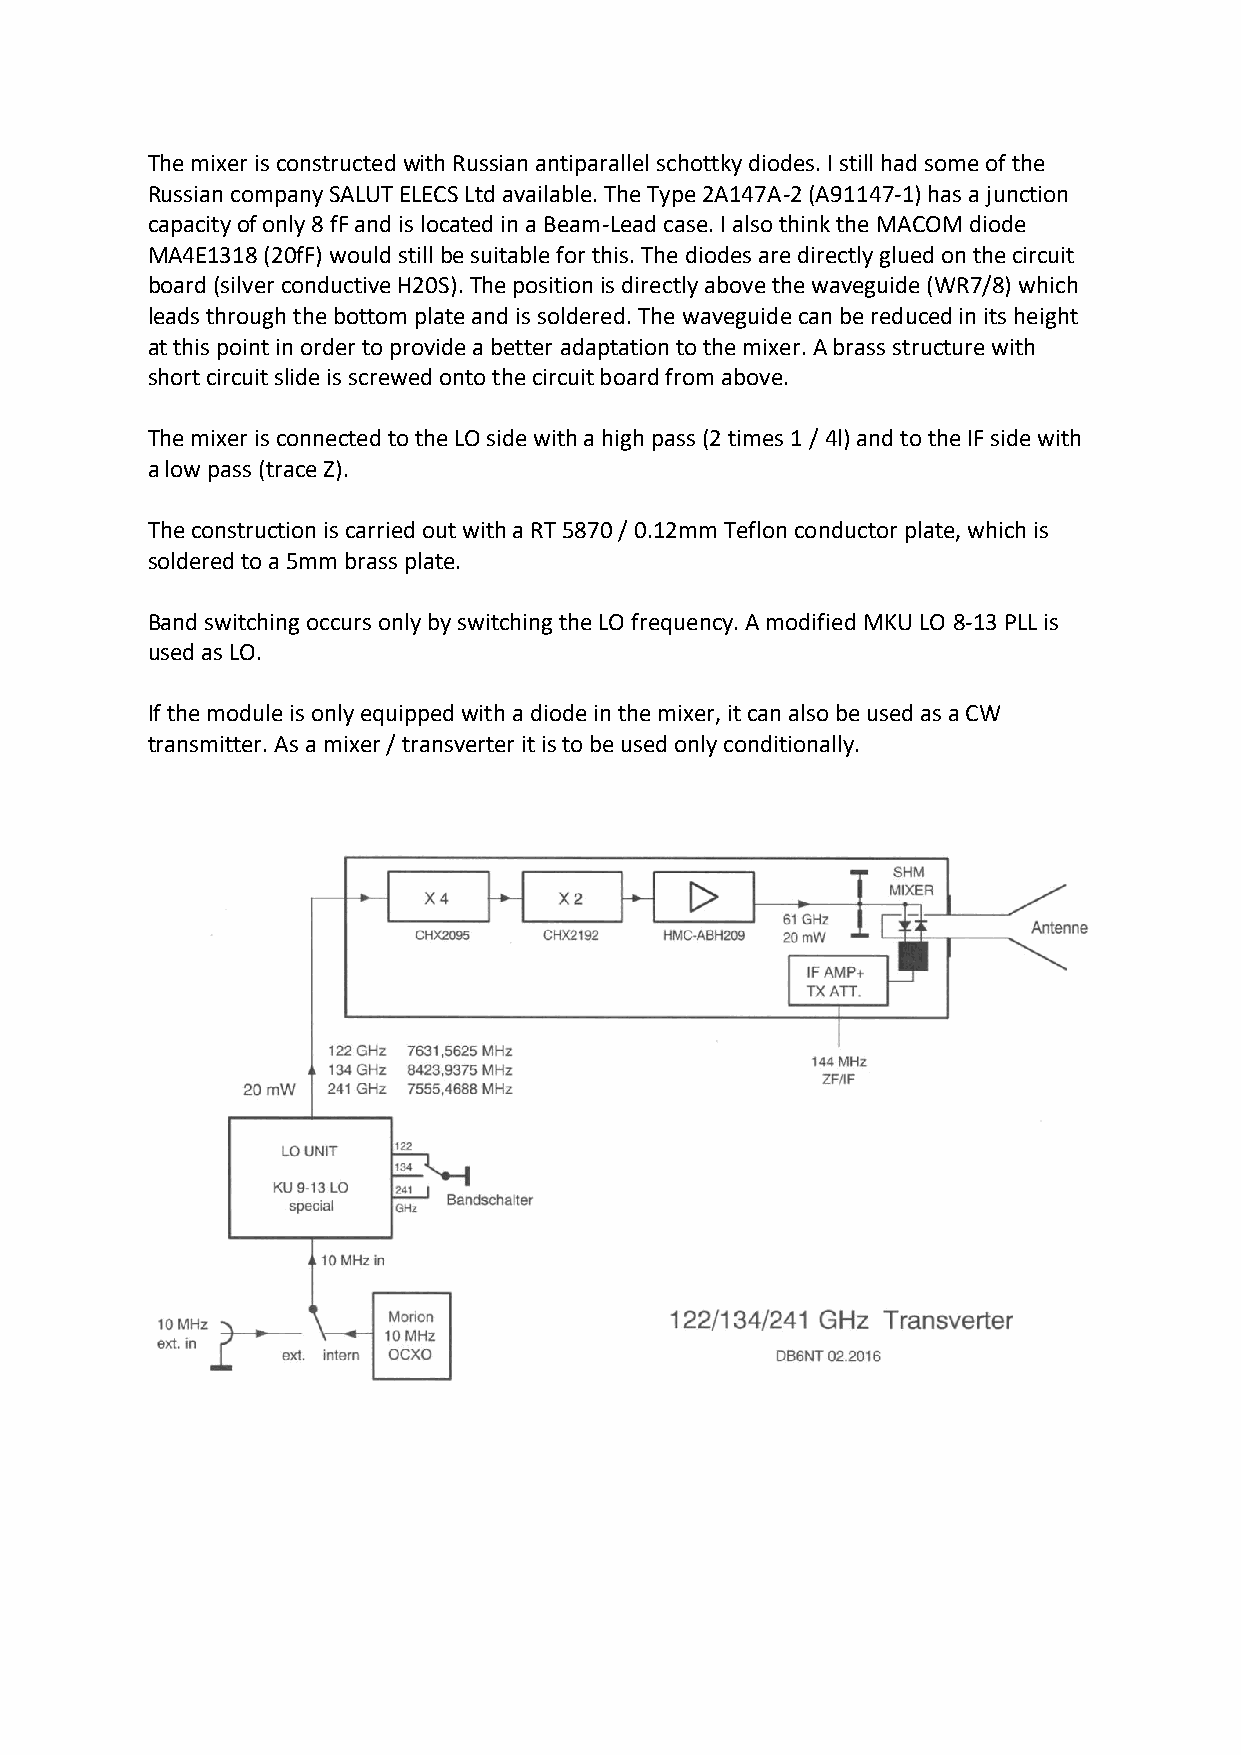
The mixer is constructed with Russian antiparallel schottky diodes. I still had some of the
 Russian company SALUT ELECS Ltd available. The Type 2A147A-2 (A91147-1) has a junction
 capacity of only 8 fF and is located in a Beam-Lead case. I also think the MACOM diode
 MA4E1318 (20fF) would still be suitable for this. The diodes are directly glued on the circuit
 board (silver conductive H20S). The position is directly above the waveguide (WR7/8) which
 leads through the bottom plate and is soldered. The waveguide can be reduced in its height
 at this point in order to provide a better adaptation to the mixer. A brass structure with
 short circuit slide is screwed onto the circuit board from above.
 The mixer is connected to the LO side with a high pass (2 times 1 / 4l) and to the IF side with
 a low pass (trace Z).
 The construction is carried out with a RT 5870 / 0.12mm Teflon conductor plate, which is
 soldered to a 5mm brass plate.
 Band switching occurs only by switching the LO frequency. A modified MKU LO 8-13 PLL is
 used as LO.
 If the module is only equipped with a diode in the mixer, it can also be used as a CW
 transmitter. As a mixer / transverter it is to be used only conditionally.